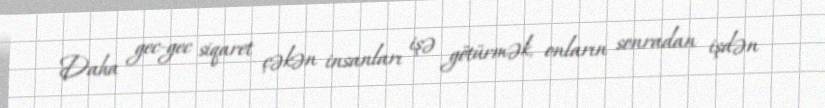
Daha gec-gec siqaret çəkən insanları işə götürmək, onların sonradan işdən